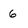
Character: 6